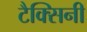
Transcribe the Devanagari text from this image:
टैक्सिनी